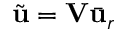
\Tilde { \ensuremath { \mathbf { u } } } = \mathbf { V } \bar { \ensuremath { \mathbf { u } } } _ { r }